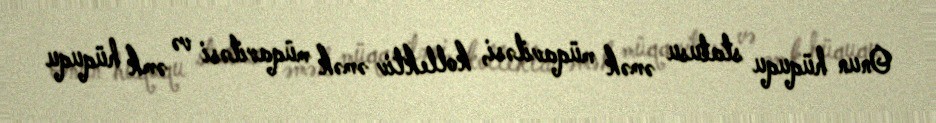
Onun hüququ statusu əmək müqaviləsi, kollektiv əmək müqaviləsi və əmk hüququ